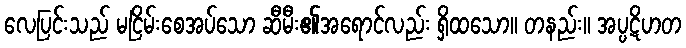
လေပြင်းသည် မငြိမ်းစေအပ်သော ဆီမီး၏အရောင်လည်း ရှိထသော။ တနည်း။ အပ္ပဋိဟတ